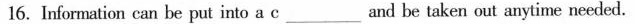
l6. Information can be put into a c___and be taken out anytime needed.